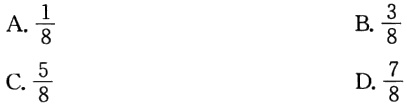
A. \(\frac{1}{8}\)
B. \(\frac{3}{8}\)
C. \(\frac{5}{8}\)
D. \(\frac{7}{8}\)